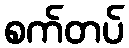
စက်တပ်